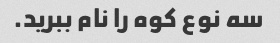
سه نوع کوه را نام ببرید.